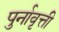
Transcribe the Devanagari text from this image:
पुर्नावृत्ती